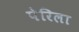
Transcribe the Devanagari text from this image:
पेरिला